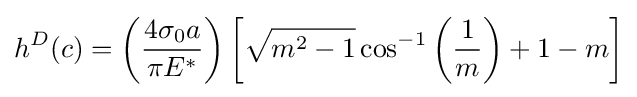
h^{D}(c)=\left({\frac {4\sigma _{0}a}{\pi E^{*}}}\right)\left[{\sqrt {m^{2}-1}}\cos ^{-1}\left({\frac {1}{m}}\right)+1-m\right]